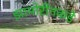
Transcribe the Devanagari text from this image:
झामोरीनकडे